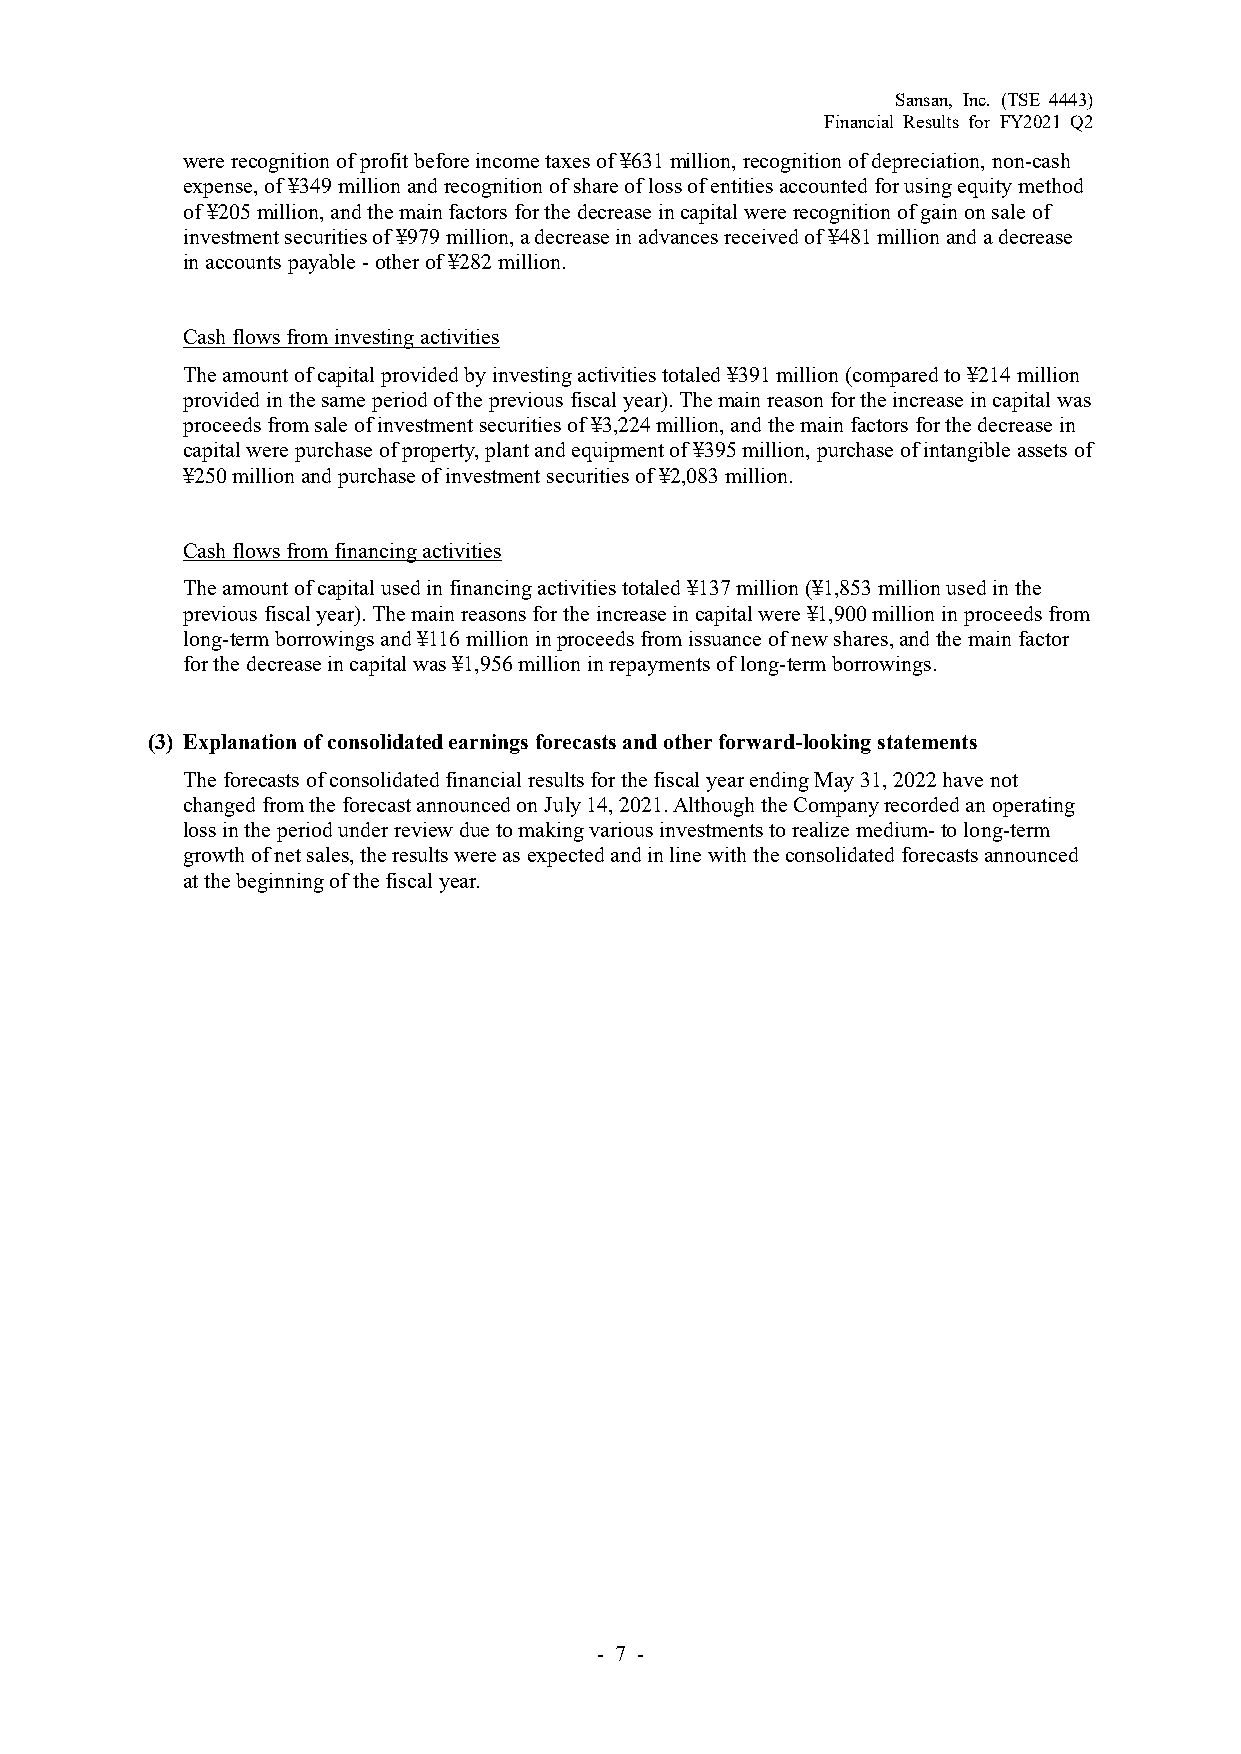
Sansan, Inc. (TSE 4443)
 Financial Results for FY2021 Q2
 were recognition of profit before income taxes of ¥631 million, recognition of depreciation, non-cash
 expense, of ¥349 million and recognition of share of loss of entities accounted for using equity method
 of ¥205 million, and the main factors for the decrease in capital were recognition of gain on sale of
 investment securities of ¥979 million, a decrease in advances received of ¥481 million and a decrease
 in accounts payable - other of ¥282 million.
 Cash flows from investing activities
 The amount of capital provided by investing activities totaled ¥391 million (compared to ¥214 million
 provided in the same period of the previous fiscal year). The main reason for the increase in capital was
 proceeds from sale of investment securities of ¥3,224 million, and the main factors for the decrease in
 capital were purchase of property, plant and equipment of ¥395 million, purchase of intangible assets of
 ¥250 million and purchase of investment securities of ¥2,083 million.
 Cash flows from financing activities
 The amount of capital used in financing activities totaled ¥137 million (¥1,853 million used in the
 previous fiscal year). The main reasons for the increase in capital were ¥1,900 million in proceeds from
 long-term borrowings and ¥116 million in proceeds from issuance of new shares, and the main factor
 for the decrease in capital was ¥1,956 million in repayments of long-term borrowings.
 (3) Explanation of consolidated earnings forecasts and other forward-looking statements
 The forecasts of consolidated financial results for the fiscal year ending May 31, 2022 have not
 changed from the forecast announced on July 14, 2021. Although the Company recorded an operating
 loss in the period under review due to making various investments to realize medium- to long-term
 growth of net sales, the results were as expected and in line with the consolidated forecasts announced
 at the beginning of the fiscal year.
 - 7 -